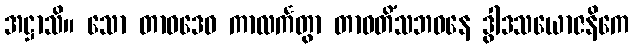
အဋ္ဌာသိ။ သော တာဝဒေဝ ကာလင်္ကတွာ တာဝတိံသဘဝနေ ဒွါဒသယောဇနိကေ